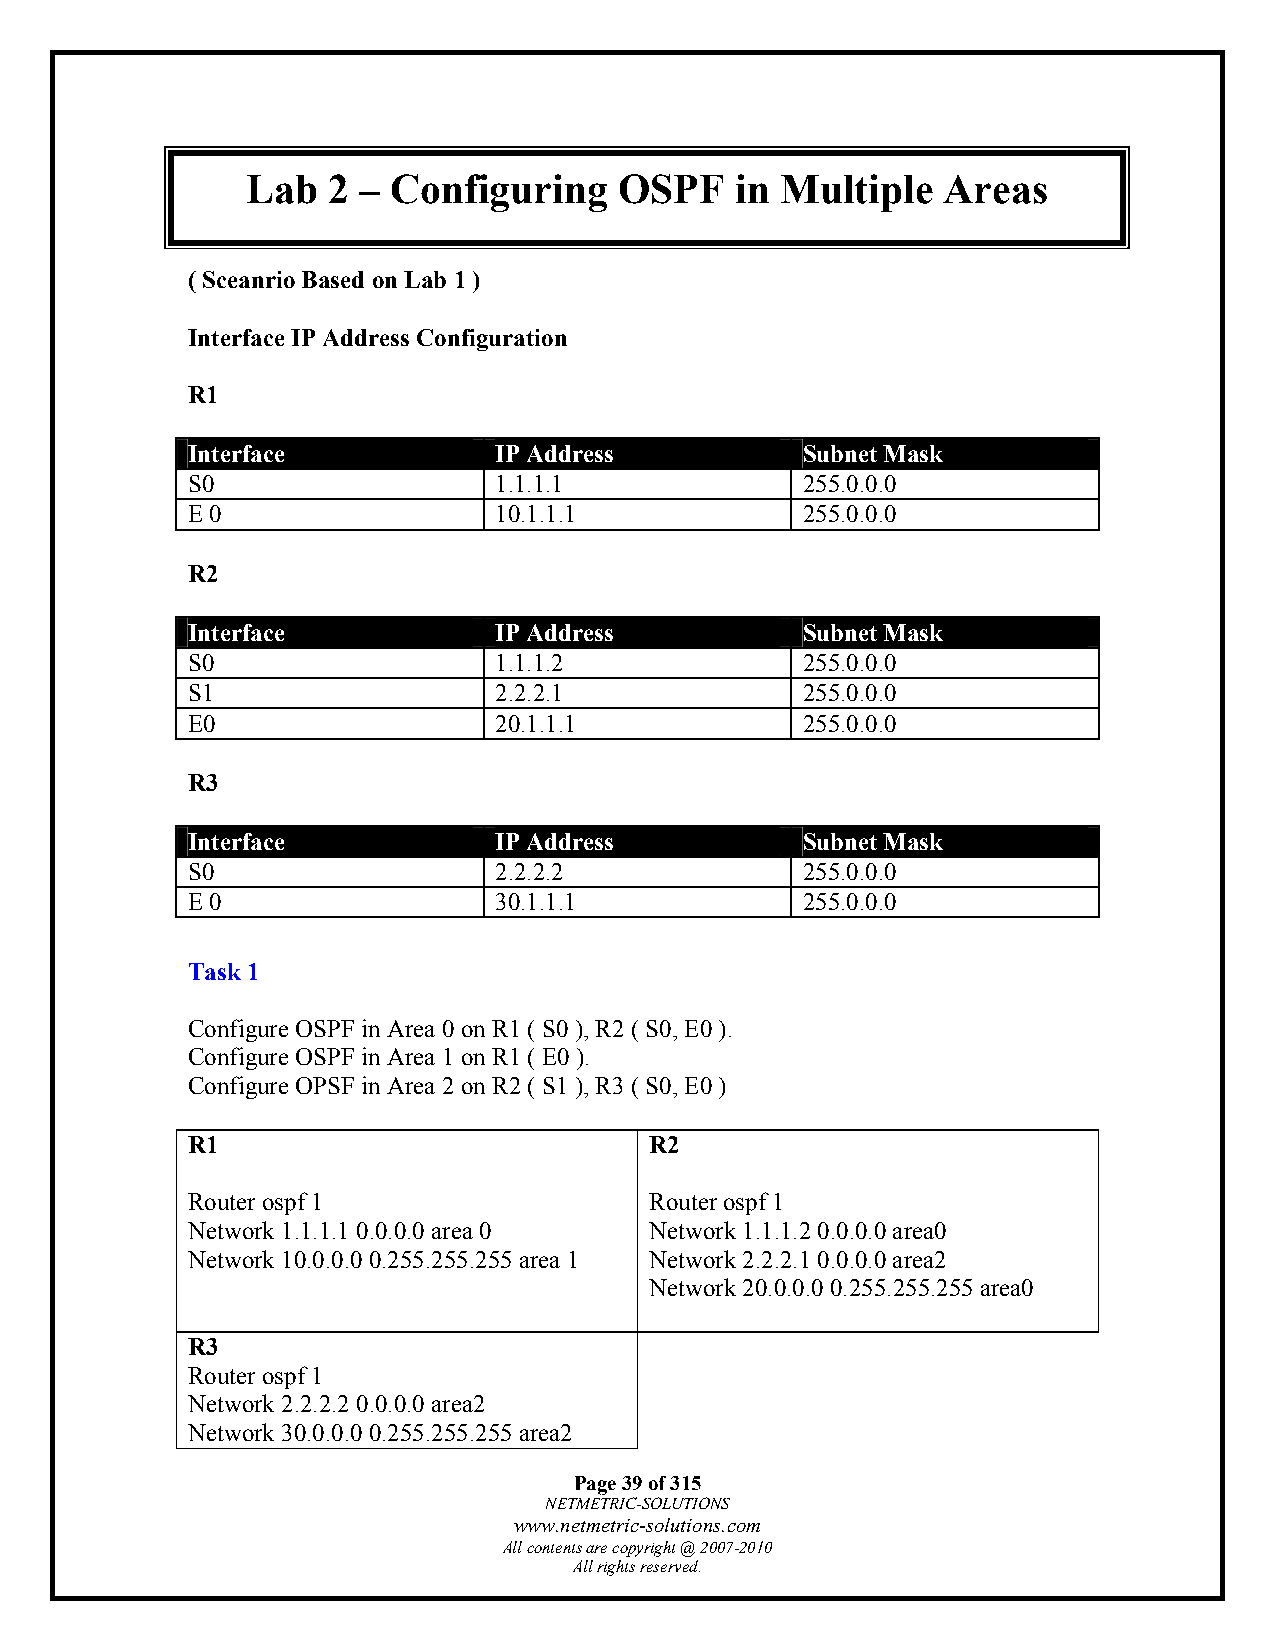
Lab   2 – Configuring    OSPF    in Multiple   Areas
 ( Sceanrio Based on Lab 1 )
 Interface IP Address Configuration
 R1
 Interface            IP Address          Subnet Mask
 S0                   1.1.1.1             255.0.0.0
 E 0                  10.1.1.1            255.0.0.0
 R2
 Interface            IP Address          Subnet Mask
 S0                   1.1.1.2             255.0.0.0
 S1                   2.2.2.1             255.0.0.0
 E0                   20.1.1.1            255.0.0.0
 R3
 Interface            IP Address          Subnet Mask
 S0                   2.2.2.2             255.0.0.0
 E 0                  30.1.1.1            255.0.0.0
 Task 1
 Configure OSPF in Area 0 on R1 ( S0 ), R2 ( S0, E0 ).
 Configure OSPF in Area 1 on R1 ( E0 ).
 Configure OPSF in Area 2 on R2 ( S1 ), R3 ( S0, E0 )
 R1                             R2
 Router ospf 1                  Router ospf 1
 Network 1.1.1.1 0.0.0.0 area 0 Network 1.1.1.2 0.0.0.0 area0
 Network 10.0.0.0 0.255.255.255 area 1 Network 2.2.2.1 0.0.0.0 area2
 Network 20.0.0.0 0.255.255.255 area0
 R3
 Router ospf 1
 Network 2.2.2.2 0.0.0.0 area2
 Network 30.0.0.0 0.255.255.255 area2
 Page 39 of 315
 NETMETRIC-SOLUTIONS
 www.netmetric-solutions.com
 All contents are copyright @ 2007-2010
 All rights reserved.